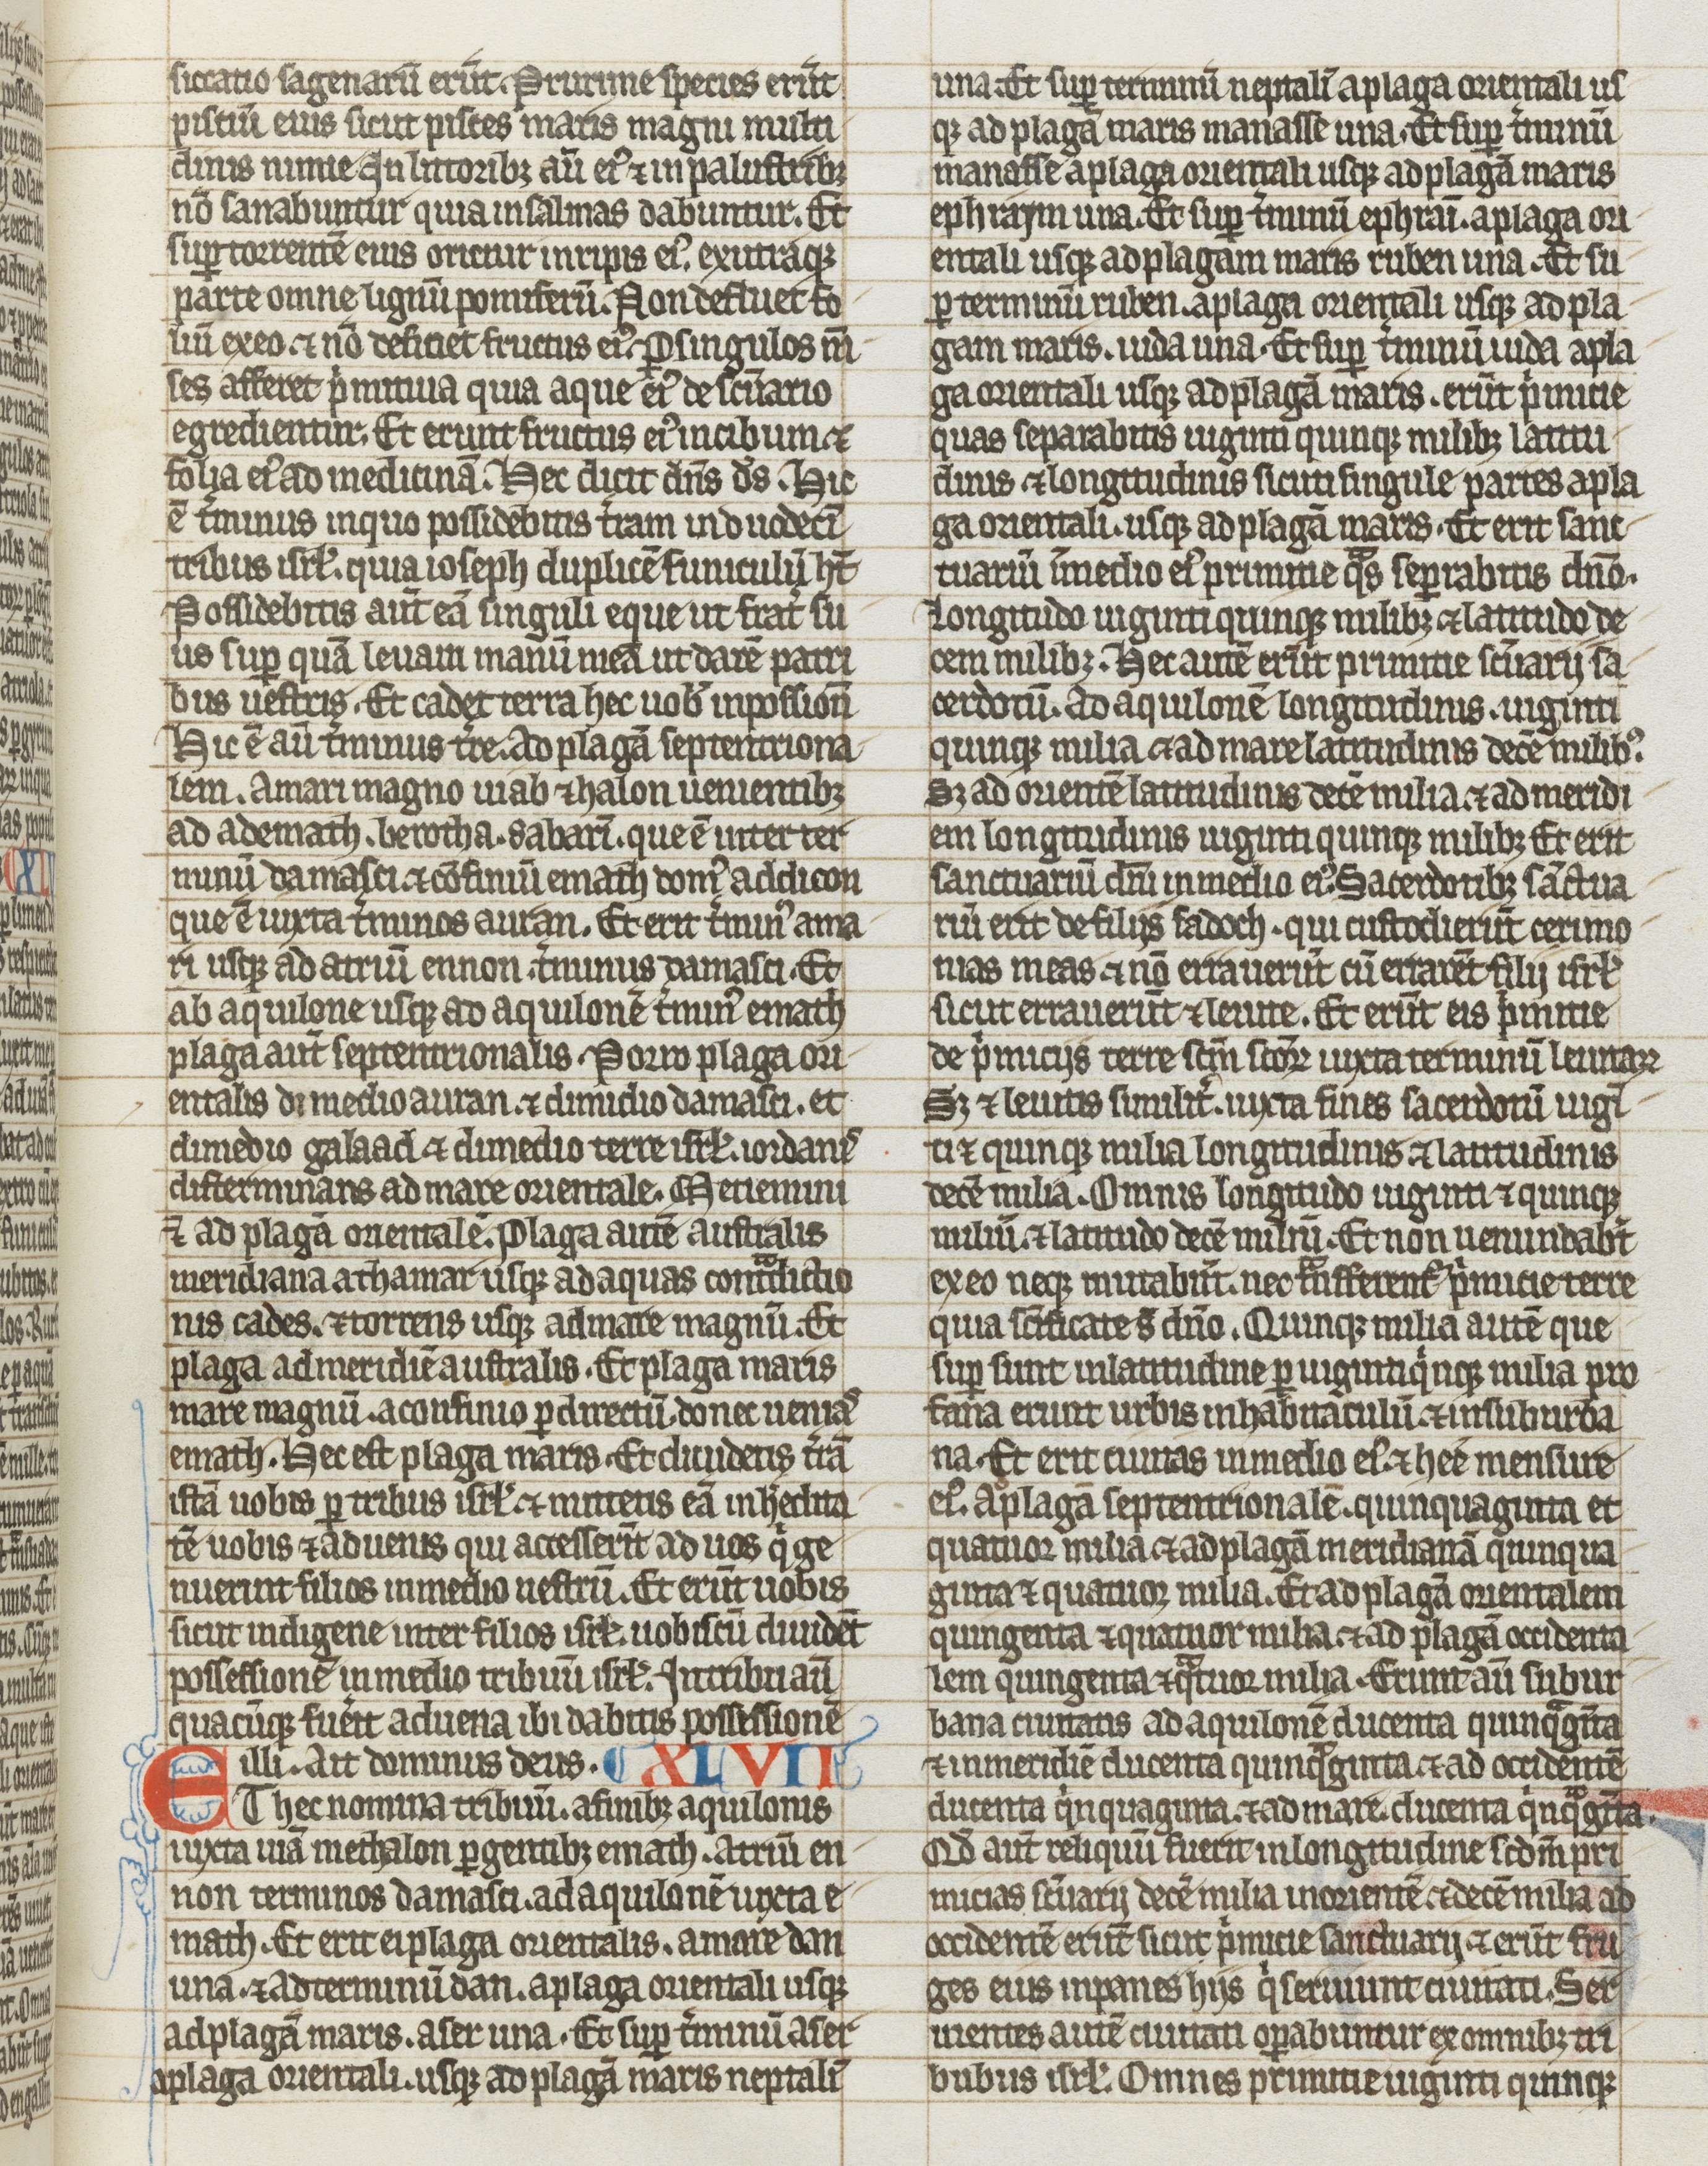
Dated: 1275–1299